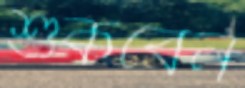
শুকবেন